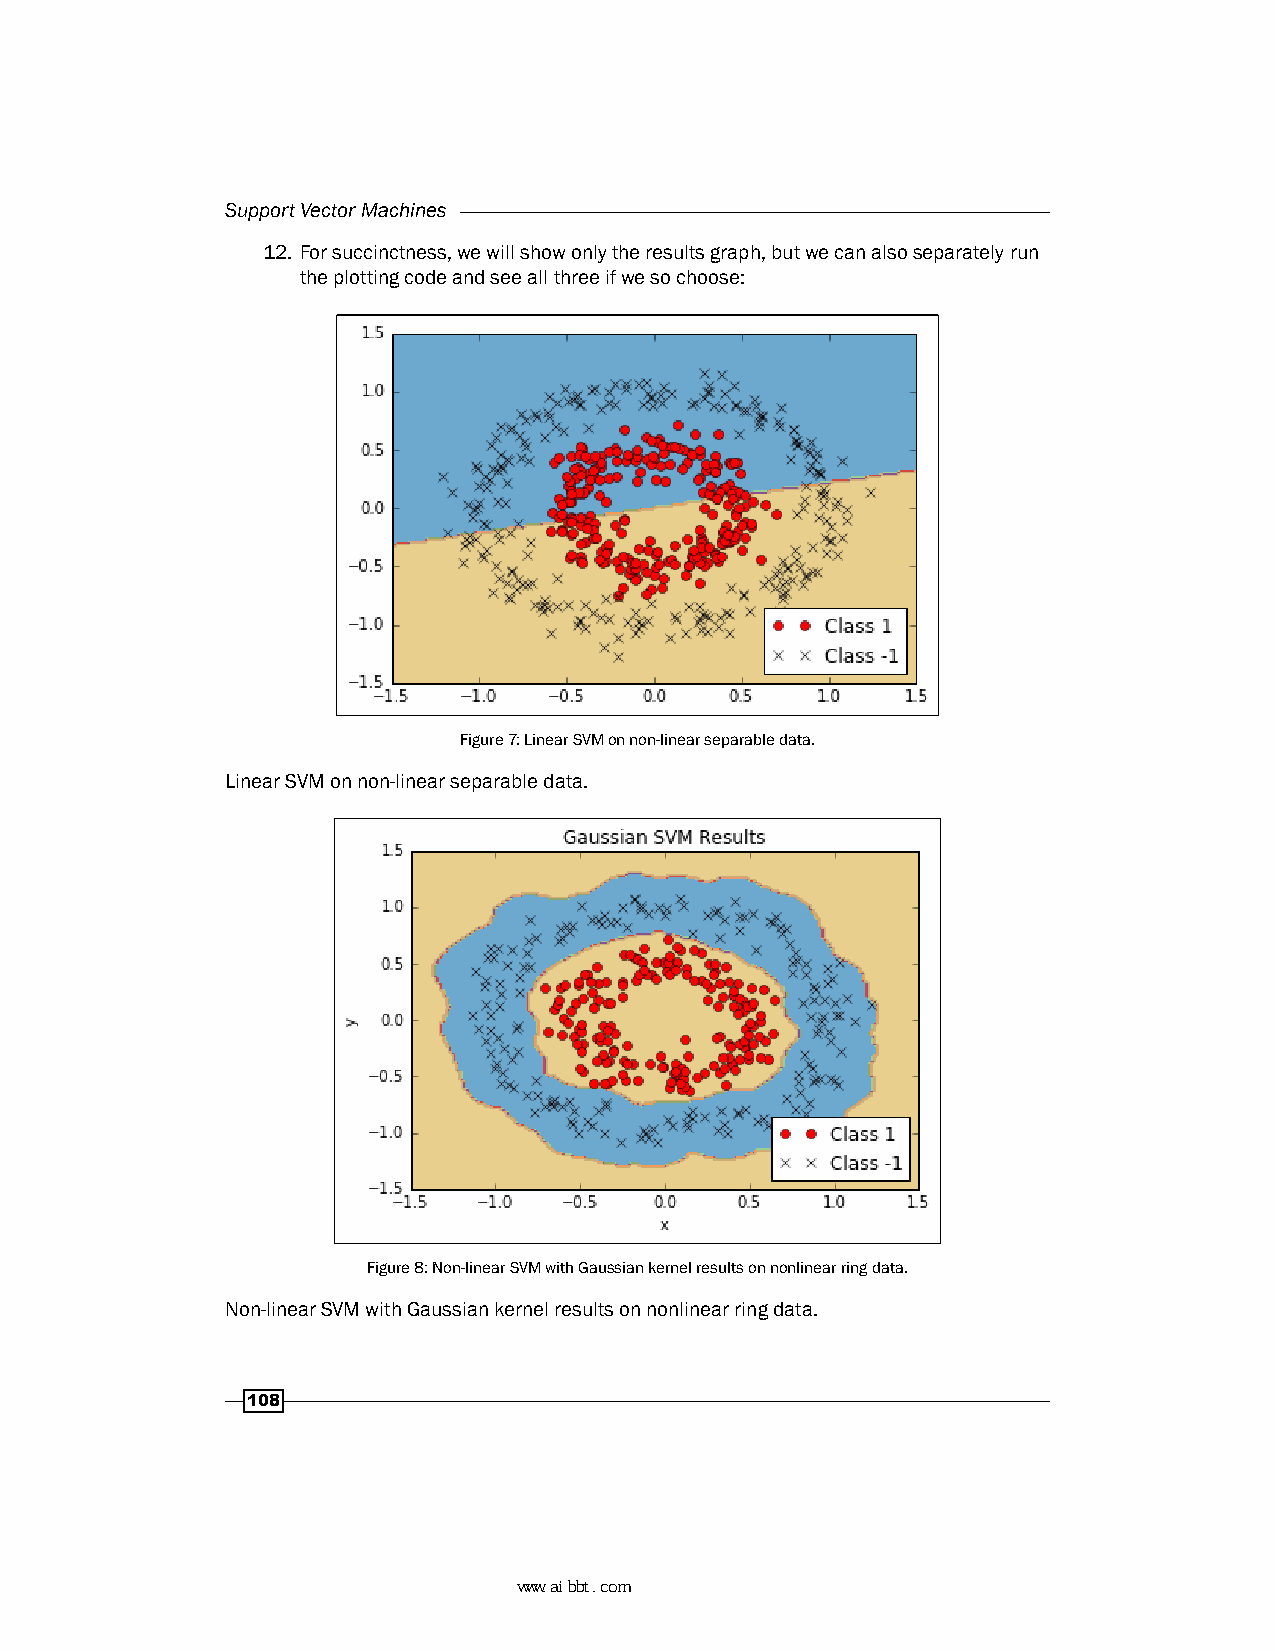
Support Vector Machines
 12. For succinctness, we will show only the results graph, but we can also separately run
 the plotting code and see all three if we so choose:
 Figure 7: Linear SVM on non-linear separable data.
 Linear SVM on non-linear separable data.
 Figure 8: Non-linear SVM with Gaussian kernel results on nonlinear ring data.
 Non-linear SVM with Gaussian kernel results on nonlinear ring data.
 108
 www.aibbt.com 让未来触手可及